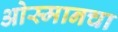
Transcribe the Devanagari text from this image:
ओस्मानचा